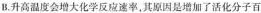
B.升高温度会增大化学反应速率，其原因是增加了活化分子百